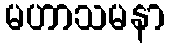
မဟာသမနာ